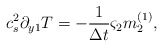
\begin{align*}c_s^2\partial _{y1}T =-\frac{1}{\Delta t} {\varsigma}_2{m}_2 ^{(1)},\end{align*}